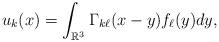
LaTeX: \begin{align*} u_k(x) = \int_{\mathbb{R}^3} \Gamma_{k\ell} (x-{ y}) f_\ell({ y}) d { y}, \end{align*}